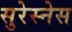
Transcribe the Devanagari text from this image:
सुरेस्नेस